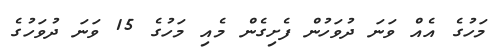
މަހުގެ އެއް ވަނަ ދުވަހުން ފެށިގެން މެއި މަހުގެ 15 ވަނަ ދުވަހުގެ